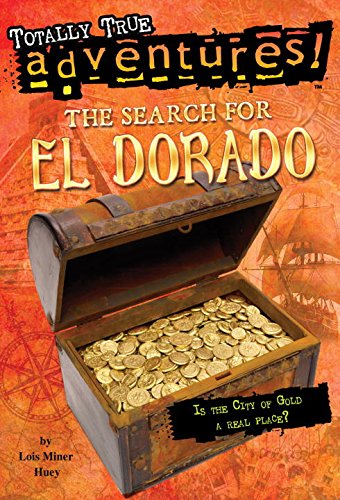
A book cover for The Search for El Dorado (Totally True Adventures) (A Stepping Stone Book(TM)); Lois Miner Huey; Children's Books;